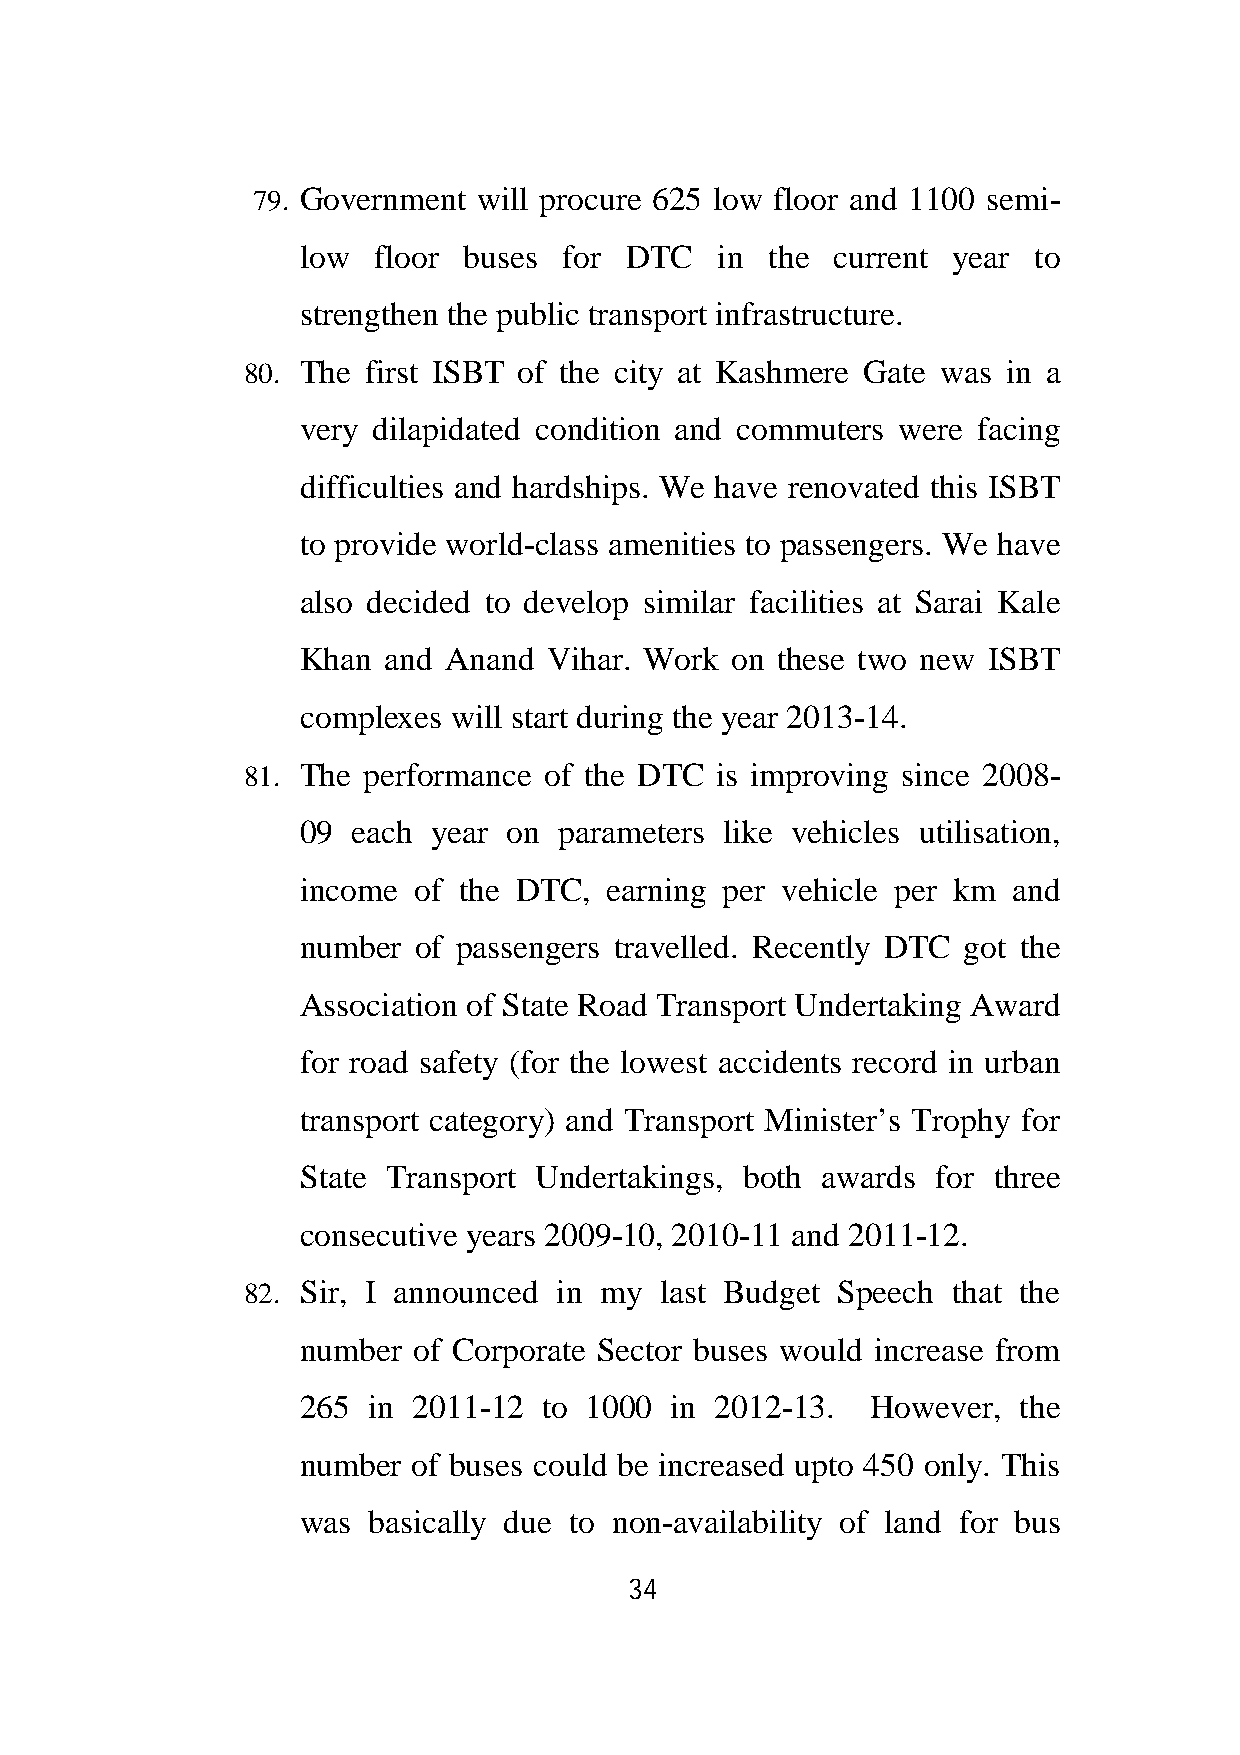
79. Government will procure 625 low floor and 1100 semi-
 low  floor buses for DTC   in  the current year to
 strengthen the public transport infrastructure.
 80. The first ISBT of the city at Kashmere Gate was in a
 very dilapidated condition and commuters were facing
 difficulties and hardships. We have renovated this ISBT
 to provide world-class amenities to passengers. We have
 also decided to develop similar facilities at Sarai Kale
 Khan and Anand  Vihar. Work on these two new ISBT
 complexes will start during the year 2013-14.
 81. The performance of the DTC is improving since 2008-
 09 each  year on parameters like vehicles utilisation,
 income of the DTC,  earning per vehicle per km and
 number  of passengers travelled. Recently DTC got the
 Association of State Road Transport Undertaking Award
 for road safety (for the lowest accidents record in urban
 transport category) and Transport Minister’s Trophy for
 State Transport Undertakings, both awards for three
 consecutive years 2009-10, 2010-11 and 2011-12.
 82. Sir, I announced in my  last Budget Speech that the
 number of Corporate Sector buses would increase from
 265 in 2011-12  to 1000 in 2012-13.   However, the
 number of buses could be increased upto 450 only. This
 was basically due to non-availability of land for bus
 34